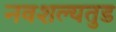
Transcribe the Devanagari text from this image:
नवशल्यतुड